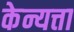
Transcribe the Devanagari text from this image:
केन्यत्ता